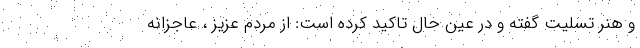
و هنر تسلیت گفته و در عین حال تاکید کرده است: از مردم عزیز ، عاجزانه